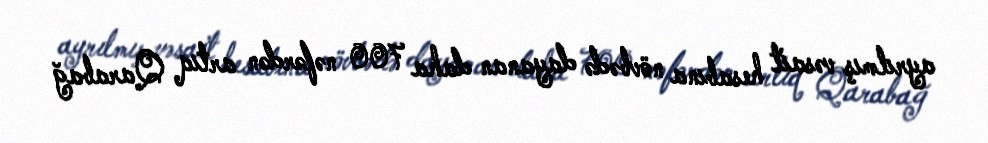
ayrılmış vəsait hesabına növbədə dayanan daha 700 nəfərdən artıq Qarabağ